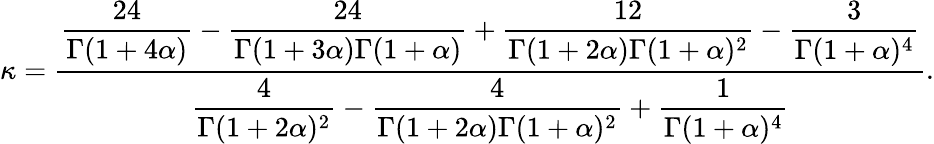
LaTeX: \kappa=\frac{\displaystyle\frac{24}{\Gamma(1+4\alpha)}-\frac{24}{\Gamma(1+3\alpha)\Gamma(1+\alpha)}+\frac{12}{\Gamma(1+2\alpha)\Gamma(1+\alpha)^{2}}-\frac{3}{\Gamma(1+\alpha)^{4}}}{\displaystyle\frac{4}{\Gamma(1+2\alpha)^{2}}-\frac{4}{\Gamma(1+2\alpha)\Gamma(1+\alpha)^{2}}+\frac{1}{\Gamma(1+\alpha)^{4}}}.